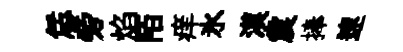
恁旁焰陌痒氷漠震捧速